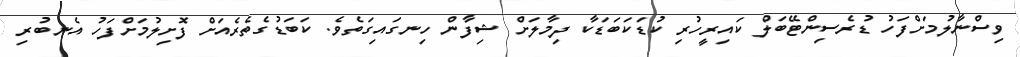
ވިސްނާލުމަށްފަހު ޑުރެސިންޓޭބަލް ކައިރީހުރި ކުޑަކަބަޑަކާ ދިމާލަށް ޝިފާން ހިނގައިގަތެވެ. ކަބަޑުގެތެރެއަށް ފޮށިލުމަށްފަހު އެނބުރި